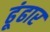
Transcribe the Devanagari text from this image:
ढूंढार